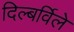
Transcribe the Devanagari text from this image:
दिल्बर्विले